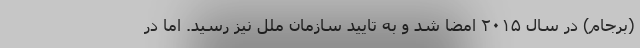
(برجام) در سال ۲۰۱۵ امضا شد و به تایید سازمان ملل نیز رسید. اما در